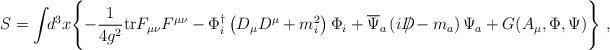
LaTeX: \begin{align*}S = \int \!\! d^{3}x \Biggl\{ -\frac{1}{4g^2} {\rm tr}F_{\mu\nu}F^{\mu\nu} - \Phi_i^{\dag} \left( D_\mu D^\mu + m^2_i \right) \Phi_i + \overline{\Psi}_a\left( iD\!\!\!\! / - m_a \right)\Psi_a + G(A_\mu,\Phi,\Psi) \Biggr\}\ ,\end{align*}